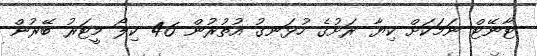
ޓާނޭޓް ނަމަކަށް ކިޔާ ރަށުގެ ހުޅަނގު އުތުރުން 46 ކިލޯ މީޓަރު ބޭރުން